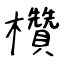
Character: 欑